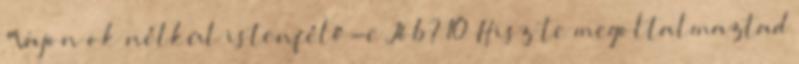
"Vajon ok nélkül istenfélő-e Jób? 10 Hisz te megoltalmaztad